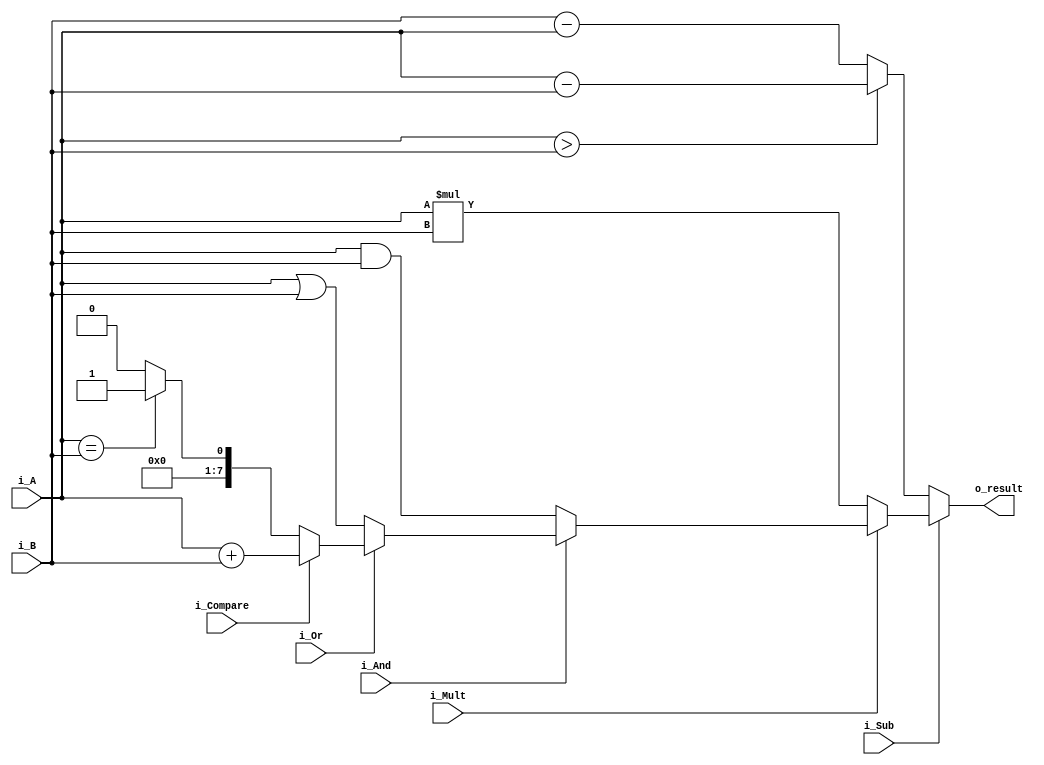
`timescale 1ns / 1ps

module alu( input [7:0] i_A,i_B,
				input i_Sub,i_Mult,i_And,i_Or,i_Compare,
				output reg [7:0] o_result);

	always @(*)
	begin
		if(!i_Sub)  	  		o_result <= (i_A > i_B) ? i_A - i_B : i_B - i_A ;
		else if(!i_Mult) 		o_result <= i_A * i_B;
		else if(!i_And)  		o_result <= i_A & i_B;
		else if(!i_Or)   		o_result <= i_A | i_B;
		else if(!i_Compare)  o_result <= (i_A == i_B) ? 8'b1 : 8'b0;
		else 						o_result <= i_A + i_B;
	end
	
endmodule